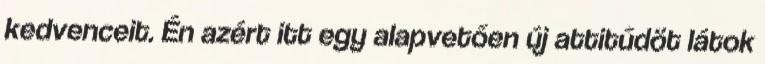
kedvenceit. Én azért itt egy alapvetően új attitűdöt látok